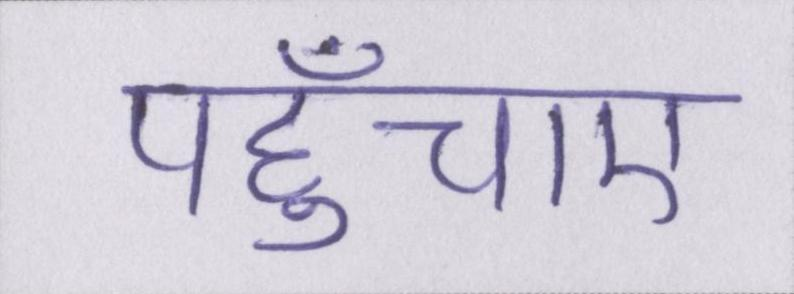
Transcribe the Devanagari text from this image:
पहुँचाए